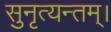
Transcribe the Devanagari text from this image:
सुनृत्यन्तम्‌।